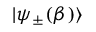
| \psi _ { \pm } ( \beta ) \rangle